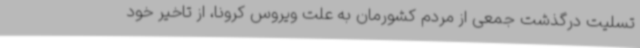
تسلیت درگذشت جمعی از مردم کشورمان به علت ویروس کرونا، از تاخیر خود